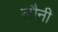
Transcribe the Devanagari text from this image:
लौनी